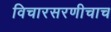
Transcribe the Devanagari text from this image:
विचारसरणीचाच